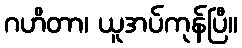
ဂဟိတာ၊ ယူအပ်ကုန်ပြီ။